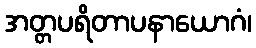
အတ္တပရိတာပနာယောဂံ၊